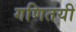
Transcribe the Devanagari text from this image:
गणितयी